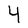
Character: 4